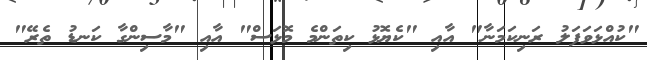
"ކުއްޅަވަފަލު ރަނިކަމަނާ" އާއި "ކެޔޮޅު ކިތަންމެ މޮޅަސް" އާއި "މާސިންގާ ކަނޑު ތެރޭ"